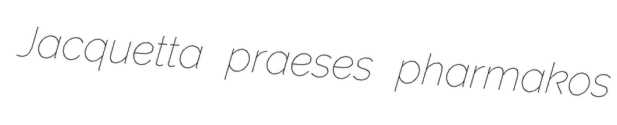
Jacquetta praeses pharmakos